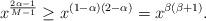
LaTeX: \begin{align*}x^{\frac{2\alpha -1}{M-1}} \geq x^{(1-\alpha)(2-\alpha)} = x^{\beta(\beta +1)}.\end{align*}